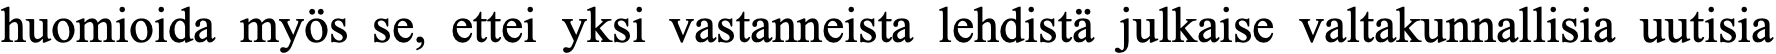
huomioida myös se, ettei yksi vastanneista lehdistä julkaise valtakunnallisia uutisia